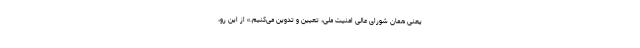
یعنی همان شورای عالی امنیت ملی، تعیین و تدوین می‌کنیم.» از این رو،